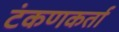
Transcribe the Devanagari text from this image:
टंकणकर्ता